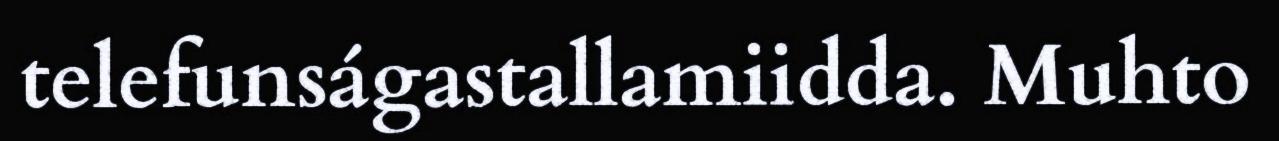
telefunságastallamiidda. Muhto